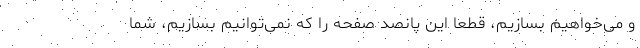
و می‌خواهیم بسازیم، قطعا این پانصد صفحه را که نمی‌توانیم بسازیم، شما